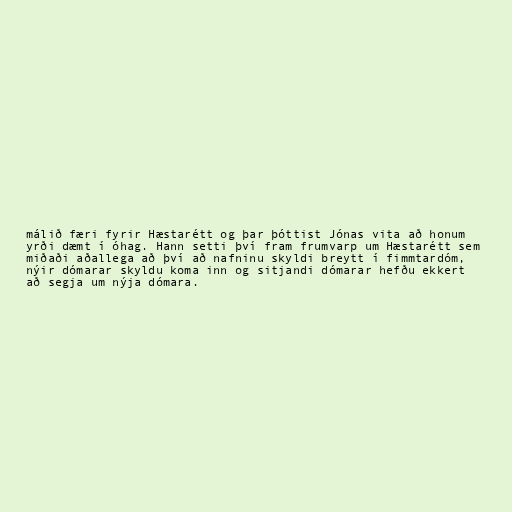
málið færi fyrir Hæstarétt og þar þóttist Jónas vita að honum
yrði dæmt í óhag. Hann setti því fram frumvarp um Hæstarétt sem
miðaði aðallega að því að nafninu skyldi breytt í fimmtardóm,
nýir dómarar skyldu koma inn og sitjandi dómarar hefðu ekkert
að segja um nýja dómara.